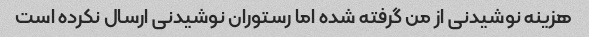
هزینه نوشیدنی از من گرفته شده اما رستوران نوشیدنی ارسال نکرده است